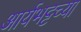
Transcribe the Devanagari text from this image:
आर्यभट्टच्या